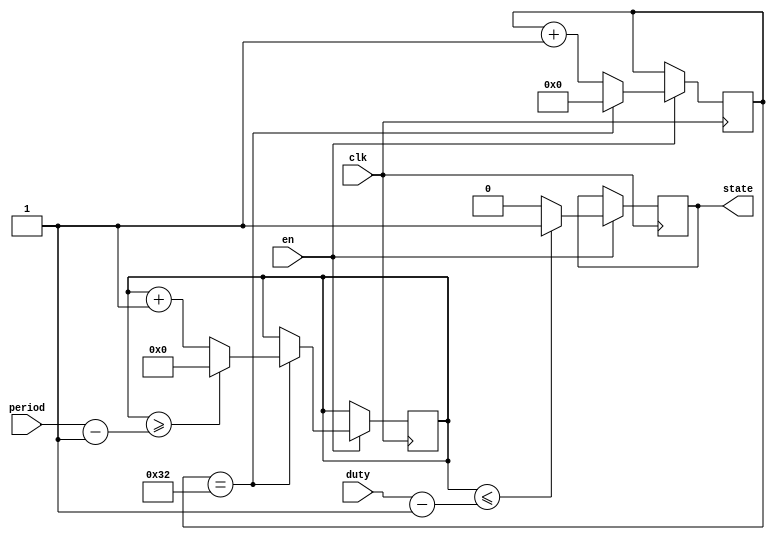
//
//  counter.v
//  Counter Module
//
//  Created  by Juan Diego Ocampo on 03/05/2018.
//  Copyright  2018 Juan Diego Ocampo. All rights reserved.
//

module counter(clk,period,duty,state,en); // Period nad DutyCycle are given in ms.
// Inputs and Outputs
	input clk;
	input en;
	input [31:0] period;
	input [31:0] duty;
	output reg state;
// Registers
reg [5:0] contusec = 0;
reg [14:0] contmsec = 0;
reg [4:0] periodf = 0;
reg [4:0] dutyf = 0;

	always @(posedge clk) begin
		if(en == 1)begin
			if(contusec == 50) begin // Counter registers 50 CLK Cycles, which equals to 1us (for a 50 MHz CLK).
				contusec = 0;
				if(contmsec >= period-1) begin // Period is registered in ms.
					contmsec = 0;
				end else begin
					contmsec = contmsec + 1;
				end
			end else begin
				contusec = contusec + 1;
			end
		end
	end

	always @(posedge clk) begin
		if(en == 1)begin
			if(contmsec <= duty-1)begin
				state = 1;
			end else begin
				state = 0;
			end
		end
	end

/*
	always @(posedge clk) begin

		if(en == 1)begin
			dutyf = duty;
			periodf = period;
		end
	end
*/

endmodule